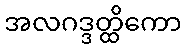
အလဂဒ္ဒတ္ထိကော